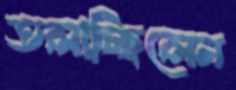
তলাচ্ছিলেন